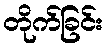
တိုက်ခြင်း